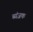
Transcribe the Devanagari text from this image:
ब्यंजक